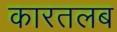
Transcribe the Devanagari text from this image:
कारतलब